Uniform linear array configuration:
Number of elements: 64
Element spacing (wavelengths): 0.5
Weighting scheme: uniform
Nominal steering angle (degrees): -15
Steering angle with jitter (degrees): -14.394
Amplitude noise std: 0.05
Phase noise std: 0.05

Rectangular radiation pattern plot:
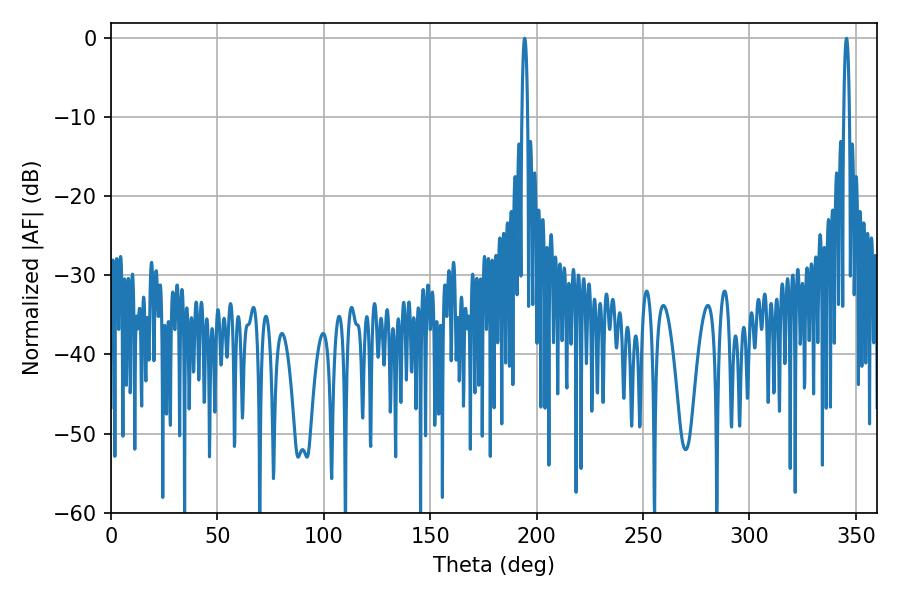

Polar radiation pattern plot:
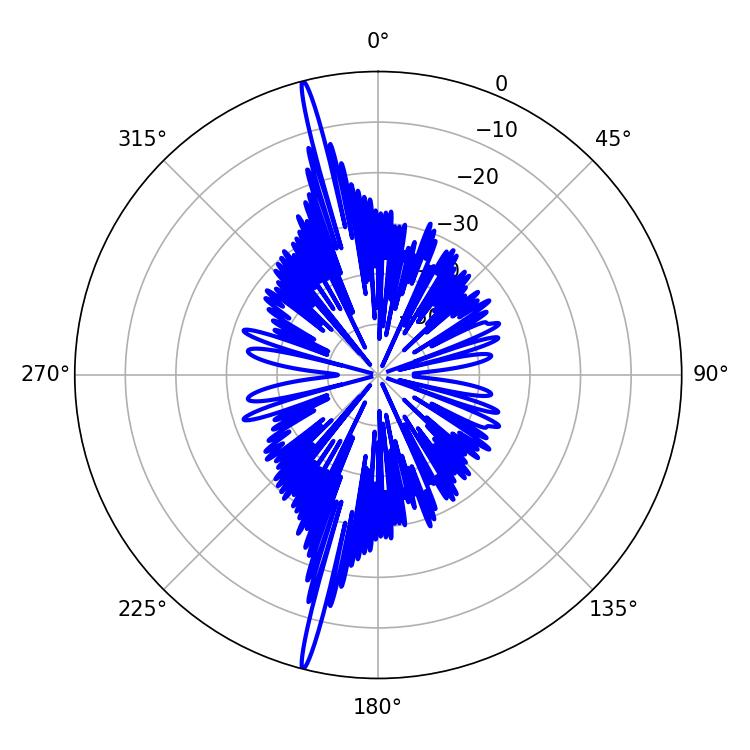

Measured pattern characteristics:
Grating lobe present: FALSE
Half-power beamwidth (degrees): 1.44
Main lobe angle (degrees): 345.6